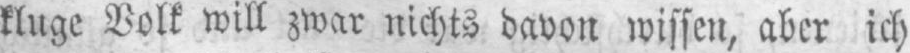
kluge Volk will zwar nichts davon wissen, aber ich